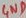
Text: GND